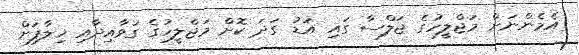
އެމެންނަށް މަޖްލީހުގެ ޖަލްސާ ގައި އަޑު ގަދަ ކޮށް މަޖްލީހުގެ ގަވާއިދާއި ޚިލާފަށް